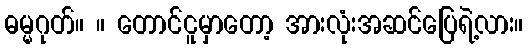
ဓမ္မဂုတ်။ ။ တောင်ငူမှာတော့ အားလုံးအဆင်ပြေရဲ့လား။